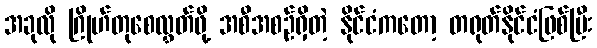
အခုလို ဂြိုဟ်တုစေလွှတ်ဖို့ အစီအစဉ်ရှိတဲ့ နိုင်ငံကတော့ တရုတ်နိုင်ငံဖြစ်ပြီး